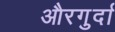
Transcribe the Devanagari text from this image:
औरगुर्दा